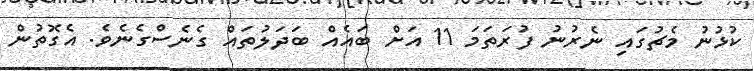
ކުޅުނު މެޗުގައި ނެރުނު ފުރަތަމަ 11 އަށް ބައެއް ބަދަލުތައް ގެނެސްގެނެވެ. އެގޮތުން